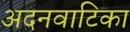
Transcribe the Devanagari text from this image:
अदनवाटिका